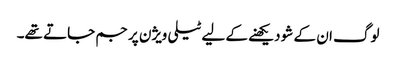
لوگ ان کے شو دیکھنے کے لیے ٹیلی ویژن پر جم جاتے تھے۔